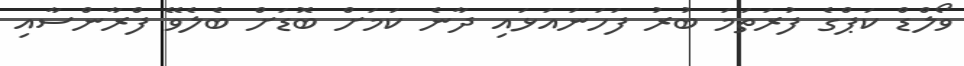
ވޯލްޑް ކަޕްގެ ފުރަތަމަ ބުރު ފަހަނައަޅައި ދާނެ ކަމަށް ބޮޑަށް ބެލެވޭ ފްރާންސާއި